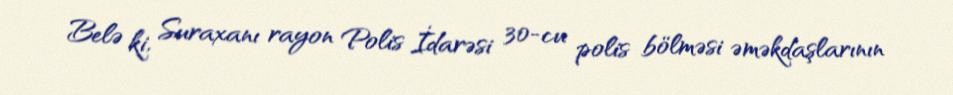
Belə ki, Suraxanı rayon Polis İdarəsi 30-cu polis bölməsi əməkdaşlarının